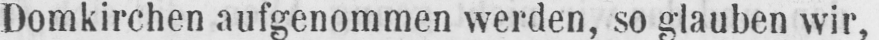
Domkirchen aufgenommen werden, so glauben wir,